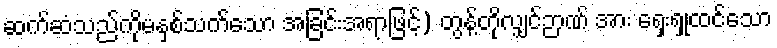
ဆက်ဆံသည်ကိုမနှစ်သက်သော အခြင်းအရာဖြင့်) တွန့်တိုလျှင်ဉာဏ် အား ရှေးရှုထင်သော